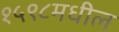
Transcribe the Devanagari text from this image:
१५९८मधील